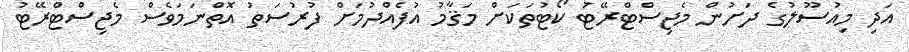
އަދި މިއުސޫލުގެ ދަށުން މެޖިސްޓްރޭޓު ކޯޓުތަކަށް މަޤާމު އުފެއްދުމަށް ފުރުސަތު އޮތްނަމަވެސް މެޖިސްޓްރޭޓު